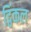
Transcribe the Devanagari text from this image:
द्विंकल